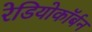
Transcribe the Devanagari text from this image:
रेडियोकॉर्बन